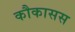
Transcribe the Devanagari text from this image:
कौकासस